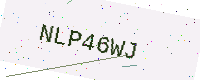
Text: NLP46WJ